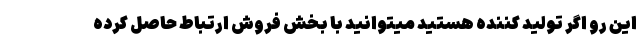
این رو اگر تولید کننده هستید میتوانید با بخش فروش ارتباط حاصل کرده